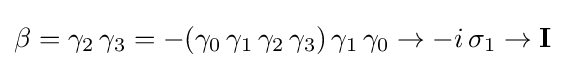
\beta =\gamma _{2}\,\gamma _{3}=-(\gamma _{0}\,\gamma _{1}\,\gamma _{2}\,\gamma _{3})\,\gamma _{1}\,\gamma _{0}\rightarrow -i\,\sigma _{1}\rightarrow {\textbf {I}}